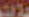
كلات